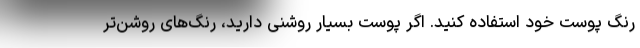
رنگ پوست خود استفاده کنید. اگر پوست بسیار روشنی دارید، رنگ‌های روشن‌تر